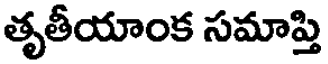
తృతీయాంక సమాప్తి